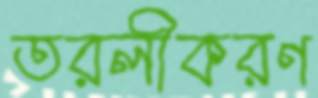
তরলীকরণ